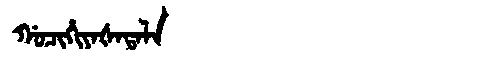
Manchu: ᡤᠣᠴᡳᡥᡳᠶᠠᡧᠠᡨᠠᠯᠠ
Romanization: GOCIHIYAŠATALA